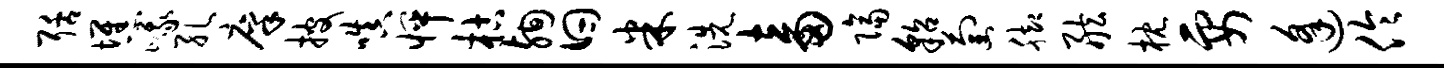
聒憔峨孔廪披嗔怦枯殉曰米洗畜隔貂萄脚舷枕要逢伶